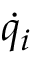
\dot { q } _ { i }